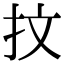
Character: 抆